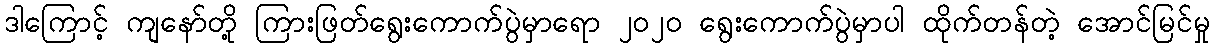
ဒါကြောင့် ကျနော်တို့ ကြားဖြတ်ရွေးကောက်ပွဲမှာရော ၂ဝ၂ဝ ရွေးကောက်ပွဲမှာပါ ထိုက်တန်တဲ့ အောင်မြင်မှု